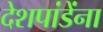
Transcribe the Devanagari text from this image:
देशपांडेंना